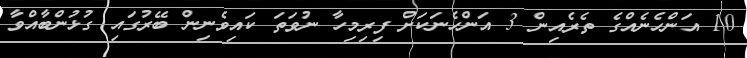
10 އަންހެނެއްގެ ތެރެއިން 3 އަންހެނަކަށް ފިރިމިހާ ނުވަތަ ކައިވެނިން ބޭރުގައި ގުޅުންބާއްވާ